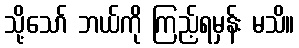
သို့သော် ဘယ်ကို ကြည့်ရမှန်း မသိ။